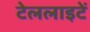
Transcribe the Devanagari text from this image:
टेललाइटें